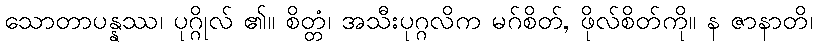
သောတာပန္နဿ၊ ပုဂ္ဂိုလ် ၏။ စိတ္တံ၊ အသီးပုဂ္ဂလိက မဂ်စိတ်, ဖိုလ်စိတ်ကို။ န ဇာနာတိ၊